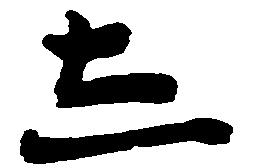
し